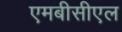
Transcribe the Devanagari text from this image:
एमबीसीएल